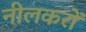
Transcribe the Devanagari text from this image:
नीलकरों